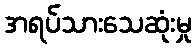
အရပ်သားသေဆုံးမှု